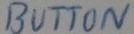
Text: BUTTON